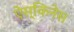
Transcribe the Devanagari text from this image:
ऐस्किनेस